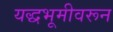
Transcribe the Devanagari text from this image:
यद्धभूमीवरून